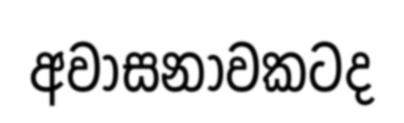
අවාසනාවකටද